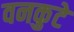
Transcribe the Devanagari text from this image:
वनकुटे